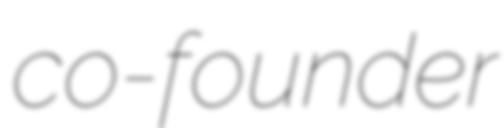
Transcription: co-founder